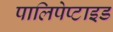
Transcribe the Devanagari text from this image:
पालिपेप्टाइड